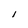
Character: I